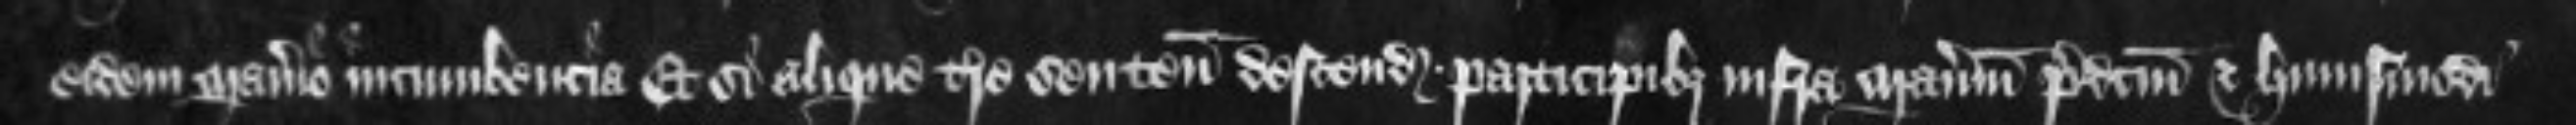
eidem manerio incumbencia Et si alique terre seu tenementa descenderint participibus infra manerium predictum et huiusmodi